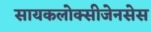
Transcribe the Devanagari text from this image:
सायकलोक्सीजेनसेस